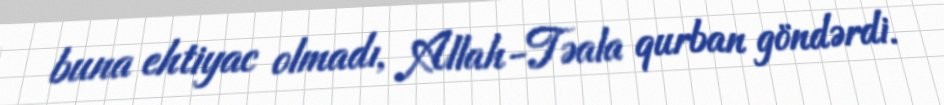
buna ehtiyac olmadı, Allah-Təala qurban göndərdi.